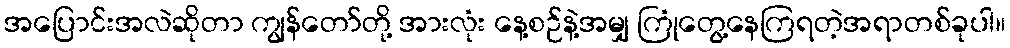
အပြောင်းအလဲဆိုတာ ကျွန်တော်တို့ အားလုံး နေ့စဉ်နဲ့အမျှ ကြုံတွေ့နေကြရတဲ့အရာတစ်ခုပါ။